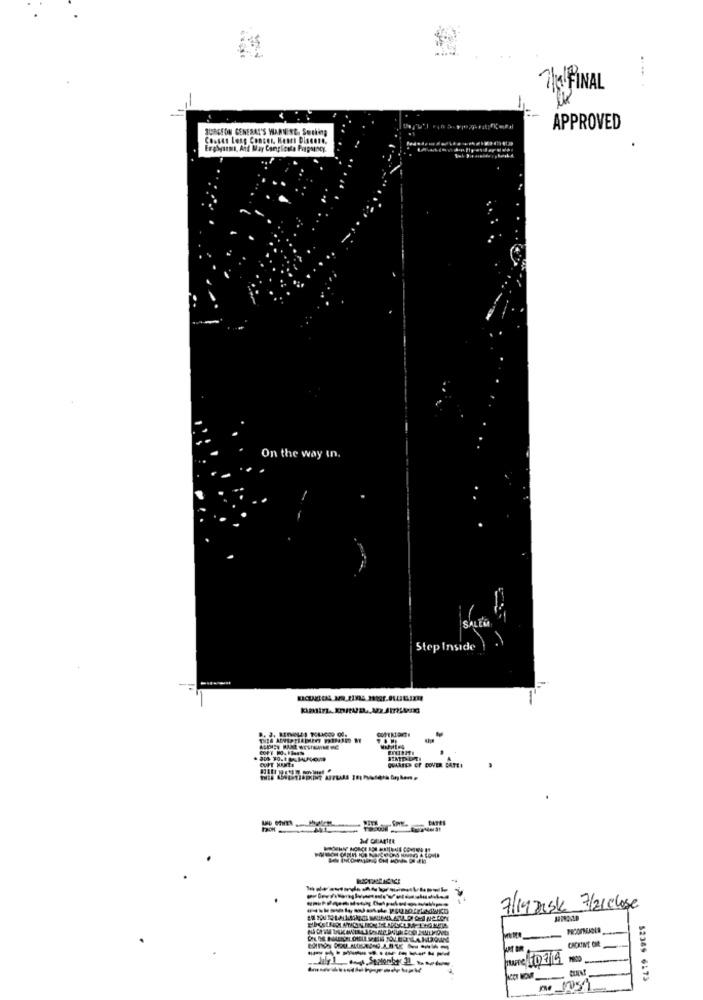
The FINAL
SURGEON GENERAL'S WARNERO, Smoking
APPROVED
Choses Long Concer, Heart Disease,
On the way in.
StepInside
QUARTER OF COVER CALTE !
7/19 Dask 3/21close
Tune 1/7/19
52369 6173